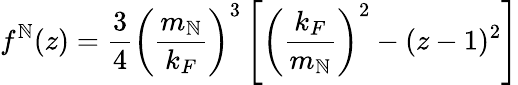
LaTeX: f^{\mathbb{N}}(z)=\frac{{3}}{{4}}\left(\frac{{m_{\mathbb{N}}}}{{k_{F}}}\right)^{3}\left[\left(\frac{{k_{F}}}{{m_{\mathbb{N}}}}\right)^{2}-(z-1)^{2}\right]